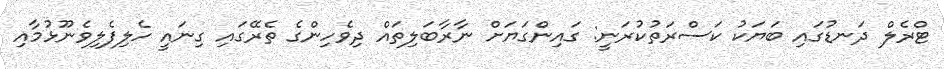
ޓްރެލް ދަނޑުގައި ބަޔަކު ކަސްރަތުކުރަނީ: ގައިންގަޔަށް ނާރާބަލިތައް ދިވެހިންގެ ތެރޭގައި ގިނައީ ހެލިފެލިވެނޫޅުމާއި